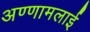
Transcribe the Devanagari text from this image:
अण्णामलाई